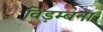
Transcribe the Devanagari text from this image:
विड़म्बना